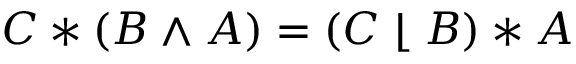
C * ( B \wedge A ) = ( C \; \lfloor \; B ) * A